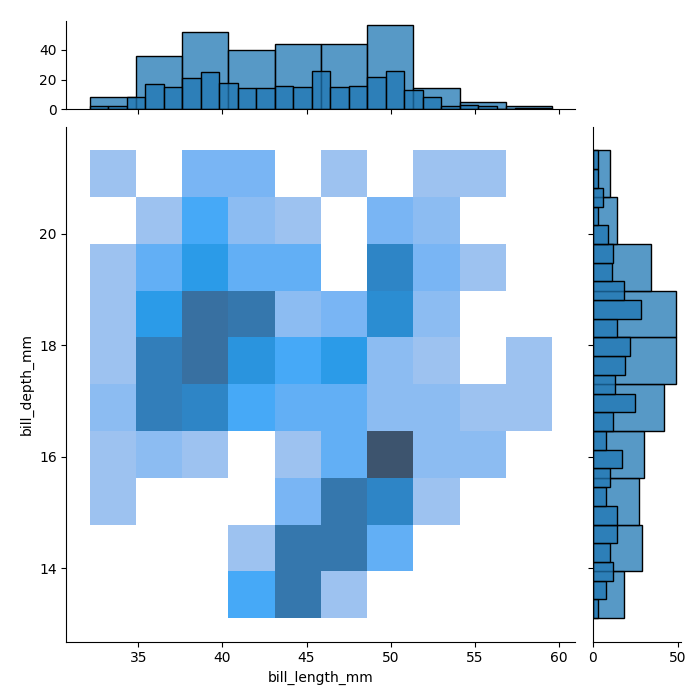
python, seaborn, jointplot, kind='hist', height='7', ratio='5', marginal_ticks='True'